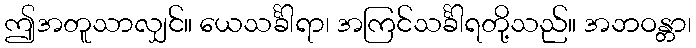
ဤအတူသာလျှင်။ ယေသင်္ခါရာ၊ အကြင်သင်္ခါရတို့သည်။ အဘဝန္တာ၊